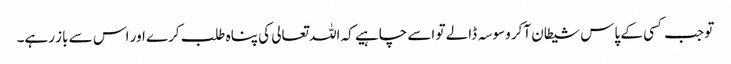
تو جب کسی کے پاس شیطان آکر وسوسہ ڈالے تو اسے چاہیے کہ اللہ تعالی کی پناہ طلب کرے اور اس سے باز رہے۔